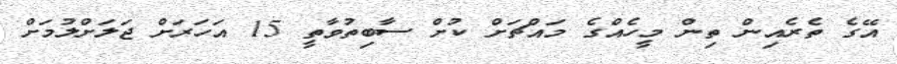
އޭގެ ތެރެއިން ތިން މީހެއްގެ މައްޗަށް ކުށް ސާބިތުވާތީ 15 އަހަރަށް ޖަލަށްލުމަށް